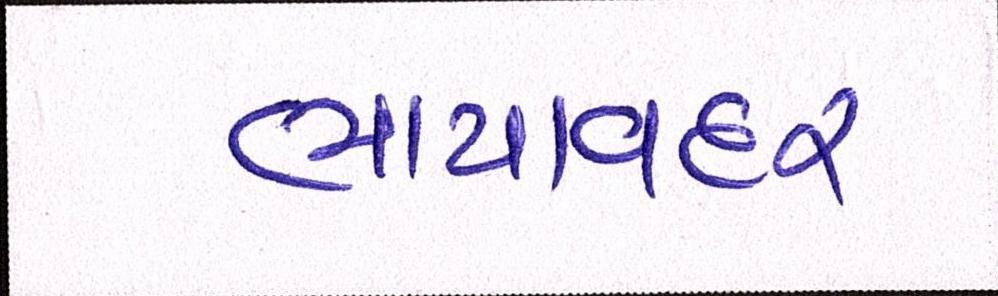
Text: ભાયાવદર